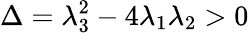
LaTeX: \Delta=\lambda_{3}^{2}-4\lambda_{1}\lambda_{2}>0